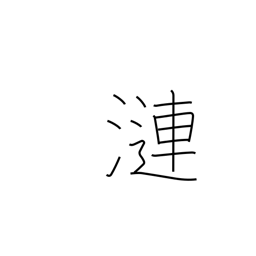
Meaning: ripples